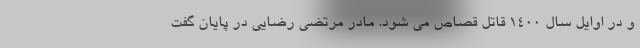
و در اوایل سال 1400 قاتل قصاص می شود. مادر مرتضی رضایی در پایان گفت